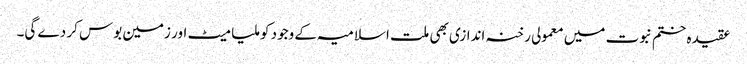
عقیدہ ختم نبوت میں معمولی رخنہ اندازی بھی ملت اسلامیہ کے وجود کو ملیا میٹ اور زمین بوس کر دے گی۔